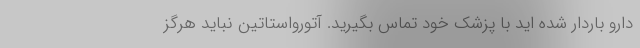
دارو باردار شده اید با پزشک خود تماس بگیرید. آتورواستاتین نباید هرگز